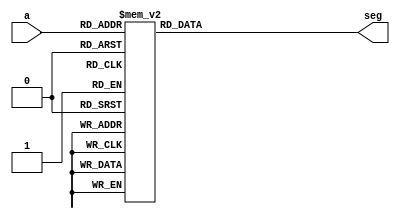

//7 SEGMENT DECODER MODULE

module decoder(a,seg);
	input [3:0]a;
	output reg [6:0]seg;
	//Declare input and output.
	
	always@(a)
		case(a)
			4'b0000 : seg[6:0] = 7'b1000000;
			4'b0001 : seg[6:0] = 7'b1111001;
			4'b0010 : seg[6:0] = 7'b0100100;
			4'b0011 : seg[6:0] = 7'b0110000;
			4'b0100 : seg[6:0] = 7'b0011001;
			4'b0101 : seg[6:0] = 7'b0010010;
			4'b0110 : seg[6:0] = 7'b0000010;
			4'b0111 : seg[6:0] = 7'b1111000;
			4'b1000 : seg[6:0] = 7'b0000000;
			4'b1001 : seg[6:0] = 7'b0010000;
			default : seg[6:0] = 7'b1000000;
		endcase
	
	
endmodule 


//LED Decoder

module lightdecoder(c1,c2,signal2,cin,light2);
	input [3:0]c1;
	input [3:0]c2;
	input signal2, cin;
	output reg [9:0] light2;
	
	
	initial
	begin
		light2[9:0] = 10'b0000000000;
	end
	
	always@(posedge cin) 
	begin
		if (signal2) 
		begin
			if (light2[7:0] == 8'b00000000) 
begin
				light2[3:0] <= c1[3:0];
				light2[7:4] <= c2[3:0];
				light2[9:8] <= 2'b00;
end
			
			
else
				light2[9:0] <= light2[9:0];
			
end
		
else

//signal2 is off
			light2[9:0] <=10'b0000000000;
		
end
	
endmodule